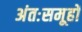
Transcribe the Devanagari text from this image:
अंतःसमूहों